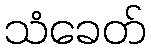
သံခေတ်